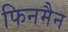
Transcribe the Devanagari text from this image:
फिनमैन